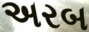
અરબ